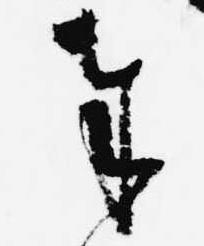
奉